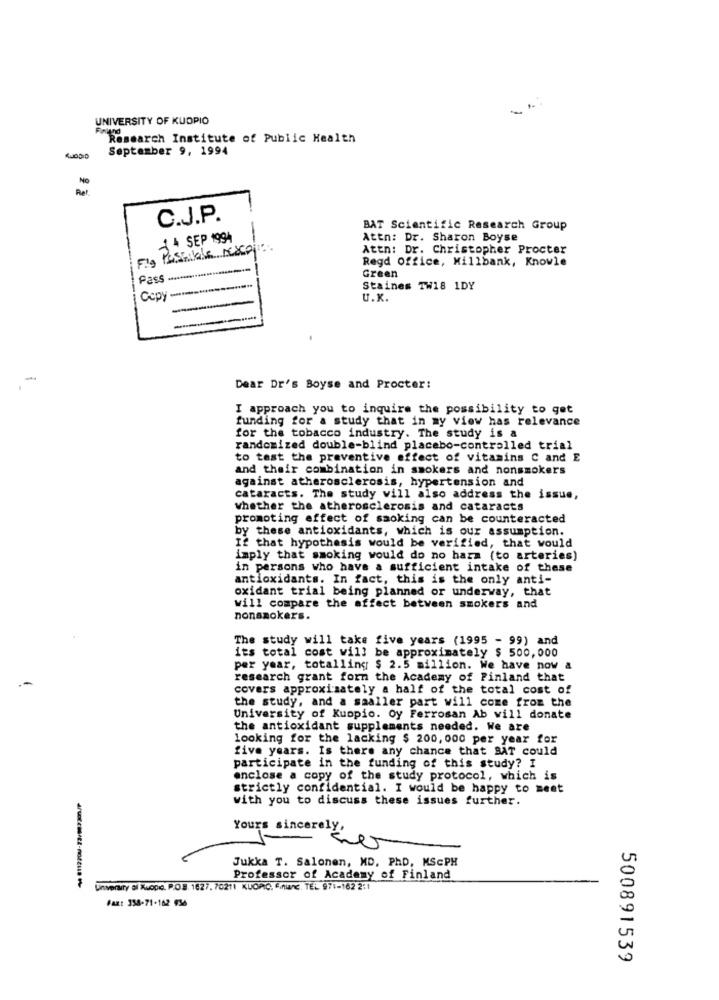
UNIVERSITY OF KUOPIO
Research Institute of Public Health
September 9, 1994
Pet
C.J.P.
BAT Scientific Research Group
J4 SEP 1994
Attn: Dr. Sharon Boyse
POSSIBLE DESCALE.
Attn: Dr. Christopher Procter
Flg
Regd Office, Millbank, Knowle
Pass ...........................
Green
Copy ..........................
Staines TW18 1DY
U.K.
Dear Dr's Boyse and Procter:
I approach you to inquire the possibility to get
funding for a study that in my view has relevance
for the tobacco industry. The study is a
randomized double-blind placebo-controlled trial
to test the preventive effect of vitamins C and E
and their combination in smokers and nonsmokers
against atherosclerosis, hypertension and
cataracts. The study will also address the issue,
whether the atherosclerosis and cataracts
promoting effect of smoking can be counteracted
by these antioxidants, which is our assumption.
If that hypothesis would be verified, that would
imply that smoking would do no harm (to arteries)
in persons who have a sufficient intake of these
antioxidants. In fact, this is the only anti-
oxidant trial being planned or underway, that
will compare the affect between smokers and
nonsmokers.
The study will take five years (1995 - 99) and
its total cost will be approximately $ 500,000
per year, totalling $ 2.5 million. We have now a
research grant forn the Academy of Finland that
covers approximately a half of the total cost of
the study, and a saaller part will come from the
University of Kuopio. Oy Ferrosan Ab will donate
the antioxidant supplements needed. We are
looking for the lacking $ 200, 000 per year for
five years. Is there any chance that SAT could
participate in the funding of this study? I
enclose a copy of the study protocol, which is
strictly confidential. I would be happy to meet
with you to discuss these issues further.
Yours sincerely
Jukka T. Salonen, MD, PhD, MSCPH
Professor of Academy of Finland
Unveraity of Kuope. P.O.B. 1627. 70211 KUCAC. C.nianc. TEL. 971-162 2:1
Fax: 358-71-162 936
500891539